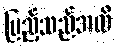
ပြည့်သည်အထိ